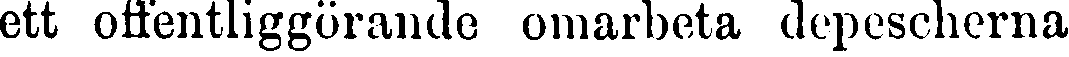
ett offentliggörande omarbeta depescherna